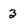
Character: 3